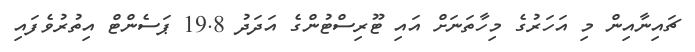
ޗައިނާއިން މި އަހަރުގެ މިހާތަނަށް އައި ޓޫރިސްޓުންގެ އަދަދު 19.8 ޕަސެންޓް އިތުރުވެފައި